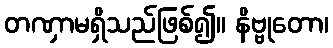
တဏှာမရှိသည်ဖြစ်၍။ နိဗ္ဗုတော၊